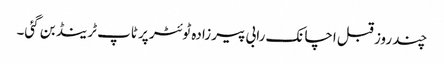
چند روز قبل اچانک رابی پیرزادہ ٹوئٹر پر ٹاپ ٹرینڈ بن گئی۔